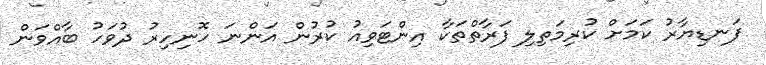
ފަނޑިޔާރު ކަމަށް ކުރިމަތިލި ފަރާތްތަކާ އިންޓަވިއު ކުރުން އަންނަ ހޮނިހިރު ދުވަހު ބާއްވަން